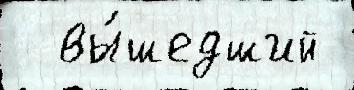
  вы́шедший